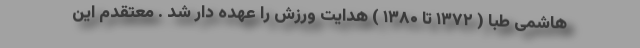
هاشمی طبا ( ۱۳۷۲ تا ۱۳۸۰ ) هدایت ورزش را عهده دار شد . معتقدم این